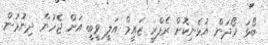
ބޯޅަ ހޯދަން އުޅެނިކޮށް ރެފްރީ ޒައީމް އަލީ ވީބީ އަށް ޖެހުން ދިނުމުން